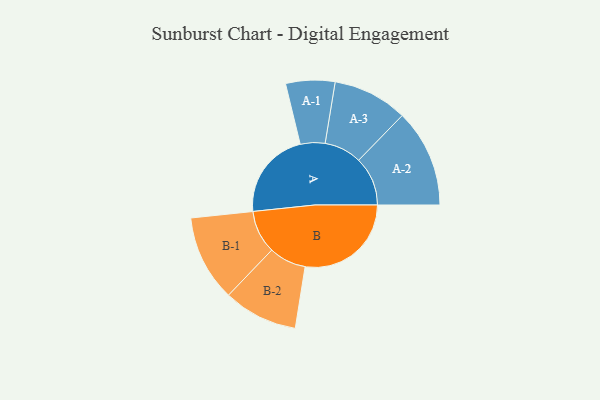
{"axis": {"x": "Segment", "y": "Value"}, "legend": ["", "A", "B"], "data": [{"x": "A", "y": 358, "type": ""}, {"x": "B", "y": 431, "type": ""}, {"x": "A-1", "y": 100, "type": "A"}, {"x": "A-2", "y": 199, "type": "A"}, {"x": "A-3", "y": 152, "type": "A"}, {"x": "B-1", "y": 175, "type": "B"}, {"x": "B-2", "y": 151, "type": "B"}]}